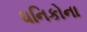
ધનિકોના